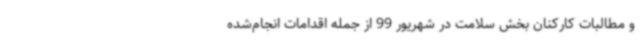
و مطالبات کارکنان بخش سلامت در شهریور 99 از جمله اقدامات انجام‌شده